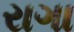
રાગા